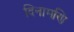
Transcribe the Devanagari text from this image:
दिनामणि